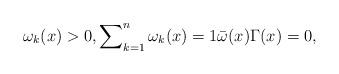
LaTeX: \begin{align*} \omega_k(x) > 0, \sum\nolimits_{k = 1}^{n} \omega_k(x) = 1 \bar{\omega}(x) \Gamma(x) = 0, \end{align*}